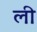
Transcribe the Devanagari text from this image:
ली